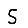
Digit: 5